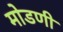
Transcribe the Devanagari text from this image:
मोडणी